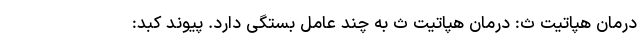
درمان هپاتیت ث: درمان هپاتیت ث به چند عامل بستگی دارد. پیوند کبد: